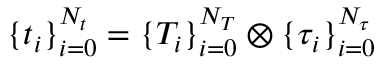
\{ t _ { i } \} _ { i = 0 } ^ { N _ { t } } = \{ T _ { i } \} _ { i = 0 } ^ { N _ { T } } \otimes \{ \tau _ { i } \} _ { i = 0 } ^ { N _ { \tau } }